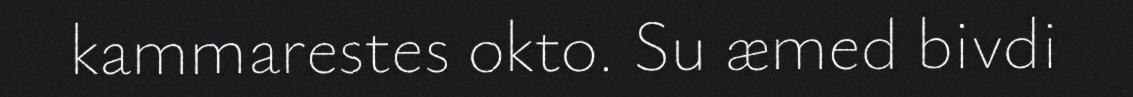
kammarestes okto. Su æmed bivdi